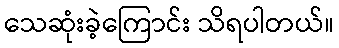
သေဆုံးခဲ့ကြောင်း သိရပါတယ်။